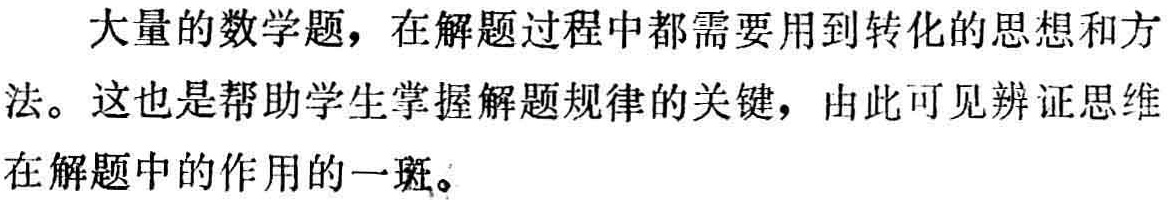
大量的数学题，在解题过程中都需要用到转化的思想和方法。这也是帮助学生掌握解题规律的关键，由此可见辨证思维在解题中的作用的一斑。